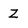
Character: Z